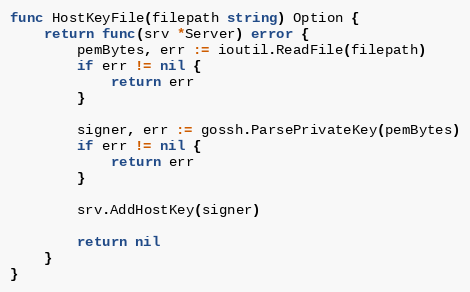
Language: Go
func HostKeyFile(filepath string) Option {
	return func(srv *Server) error {
		pemBytes, err := ioutil.ReadFile(filepath)
		if err != nil {
			return err
		}

		signer, err := gossh.ParsePrivateKey(pemBytes)
		if err != nil {
			return err
		}

		srv.AddHostKey(signer)

		return nil
	}
}